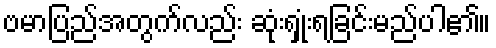
ဗမာပြည်အတွက်လည်း ဆုံးရှုံးရခြင်းမည်ပါ၏။